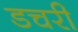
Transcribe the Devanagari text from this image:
डचरी